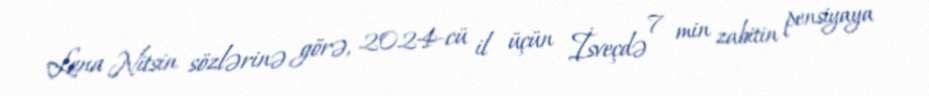
Lena Nitsin sözlərinə görə, 2024-cü il üçün İsveçdə 7 min zabitin pensiyaya